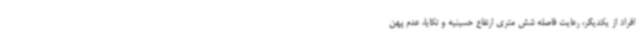
افراد از یکدیگر، رعایت فاصله شش متری ارتفاع حسینیه و تکایا، عدم پهن